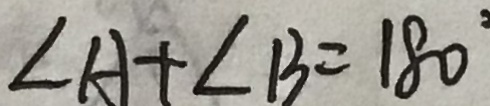
\angle A + \angle B = 1 8 0 ^ { \circ }